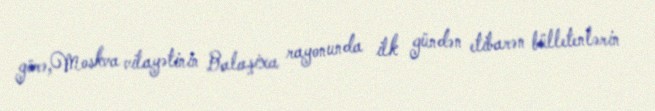
görə,Moskva vilayətinin Balaşixa rayonunda ilk gündən etibarən bülletenlərin